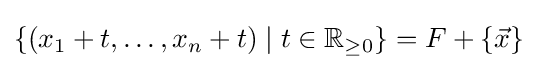
\{(x_{1}+t,\dots ,x_{n}+t)\mid t\in \mathbb {R} _{\geq 0}\}=F+\{{\vec {x}}\}